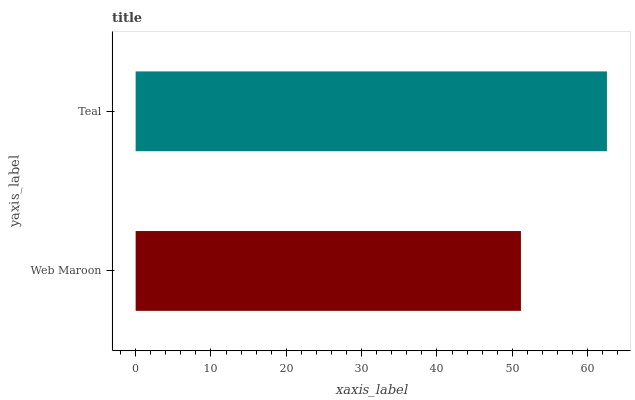
| yaxis_label | bars |
 | --- | --- |
 | Web Maroon | 51.2 |
 | Teal | 62.6 |